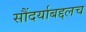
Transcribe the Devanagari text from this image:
सौंदर्याबद्दलच